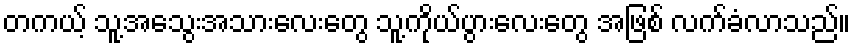
တကယ့် သူ့အသွေးအသားလေးတွေ သူ့ကိုယ်ပွားလေးတွေ အဖြစ် လက်ခံလာသည်။